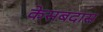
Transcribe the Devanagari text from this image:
केसबदास